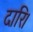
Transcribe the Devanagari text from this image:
दारि।